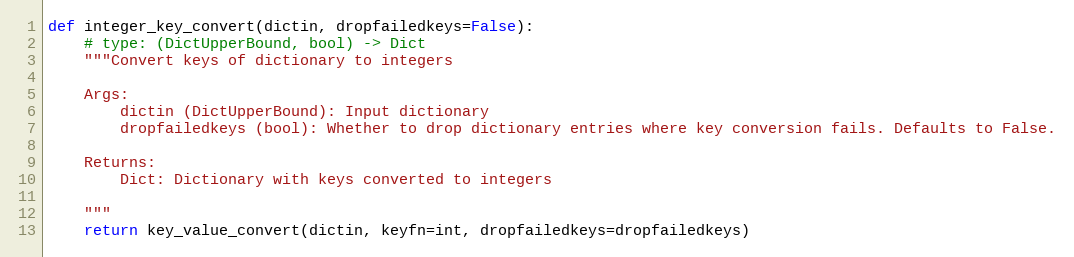
Language: Python
def integer_key_convert(dictin, dropfailedkeys=False):
    # type: (DictUpperBound, bool) -> Dict
    """Convert keys of dictionary to integers

    Args:
        dictin (DictUpperBound): Input dictionary
        dropfailedkeys (bool): Whether to drop dictionary entries where key conversion fails. Defaults to False.

    Returns:
        Dict: Dictionary with keys converted to integers

    """
    return key_value_convert(dictin, keyfn=int, dropfailedkeys=dropfailedkeys)